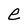
Character: e